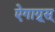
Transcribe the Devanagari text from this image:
ऐगाग्रूस्